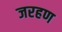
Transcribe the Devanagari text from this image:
जरहण